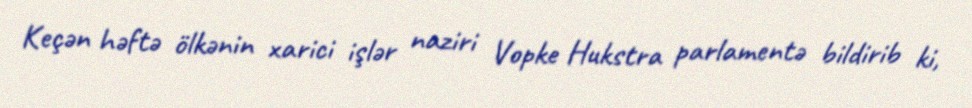
Keçən həftə ölkənin xarici işlər naziri Vopke Hukstra parlamentə bildirib ki,